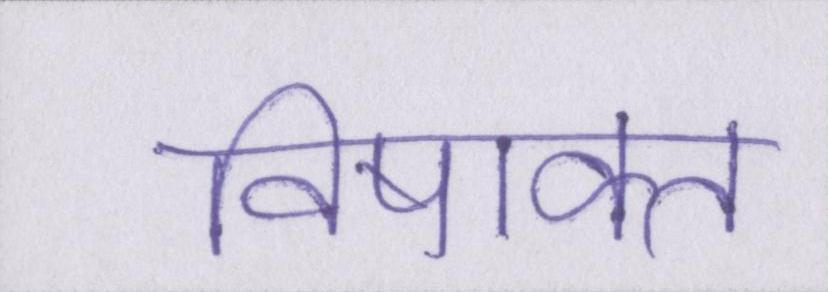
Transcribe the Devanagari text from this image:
विषाक्त